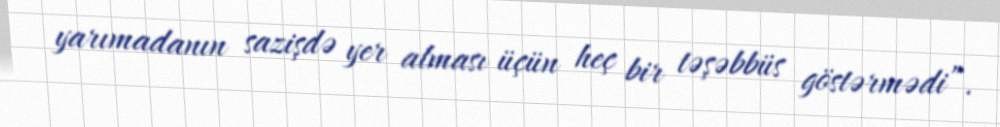
yarımadanın sazişdə yer alması üçün heç bir təşəbbüs göstərmədi”.